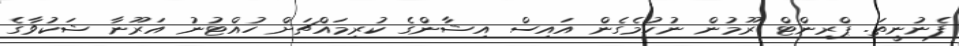
ފެނުނީތަ. ޕްރިންޓް ރޫމުން ނުކުމެގެން އައިސް އިޝާންގެ ކުރިމައްޗަށް ހުއްޓުނު އަރޫނާ ޝަކުވާގެ